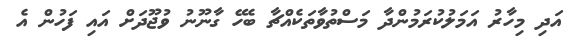
އަދި މިހާރު އަމަލުކުރަމުންދާ މަސްތުވާތަކެއްޗާ ބެހޭ ގާނޫނު ވުޖޫދަށް އައި ފަހުން އެ